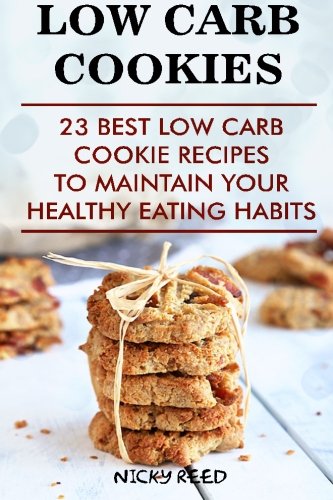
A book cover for Low Carb Cookies: 23 Best Low Carb Cookie Recipes To Maintain Your Healthy Eating Habits: (low carbohydrate, high protein, low carbohydrate foods, low ... Ketogenic Diet to Overcome Belly Fat); Nicky Reed; Cookbooks, Food & Wine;